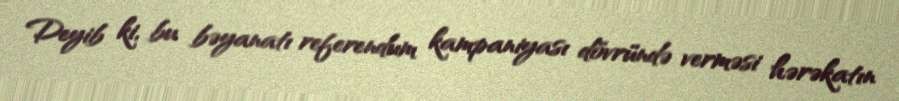
Deyib ki, bu bəyanatı referendum kampaniyası dövründə verməsi hərəkatın